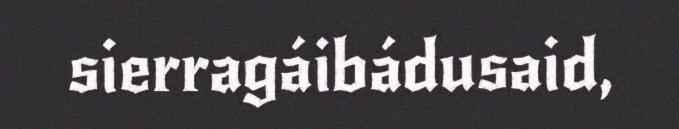
sierragáibádusaid,